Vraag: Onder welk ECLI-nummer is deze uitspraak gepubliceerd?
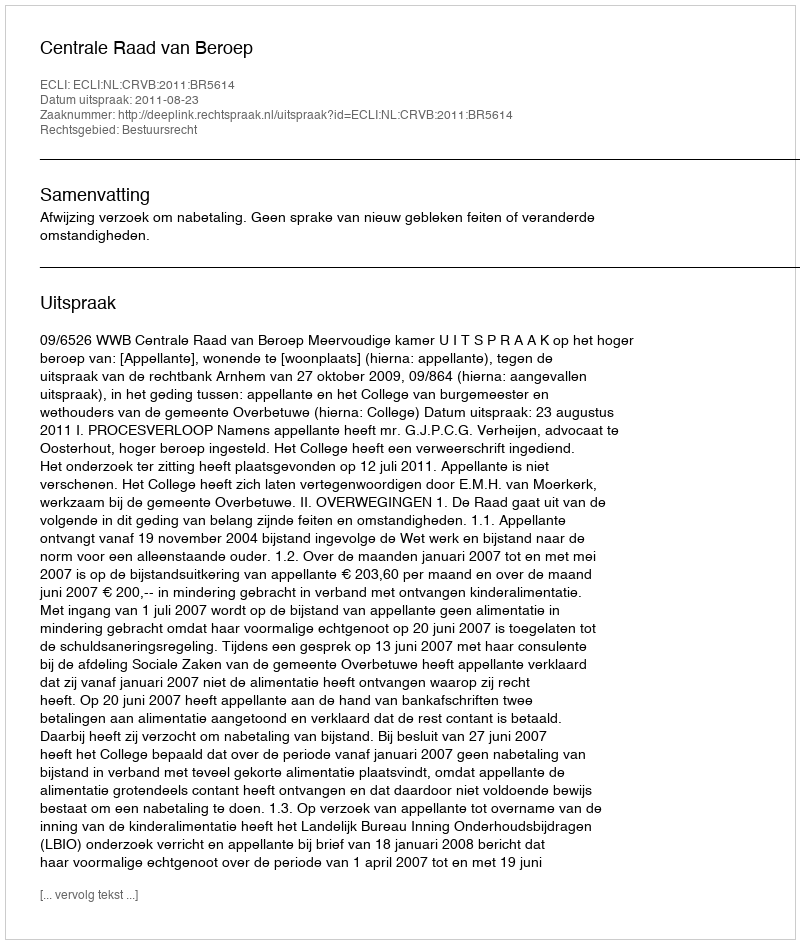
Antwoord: ECLI:NL:CRVB:2011:BR5614